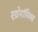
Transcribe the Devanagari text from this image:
एग्रोनॉमिक्स